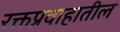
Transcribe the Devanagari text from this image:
रक्तप्रवाहातील